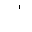
Letter: _alif